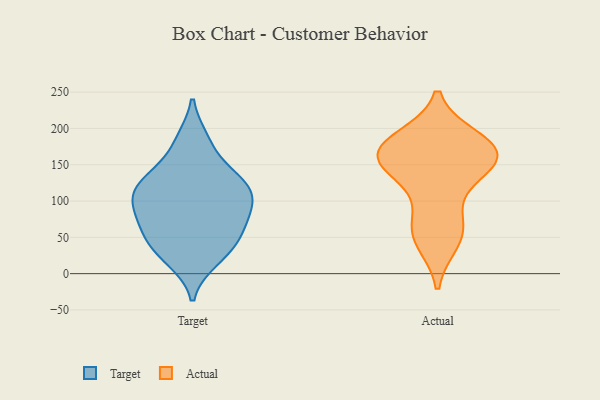
{"axis": {"x": "Operating Costs (USD K)", "y": "Value"}, "legend": ["Actual", "Target"], "data": [{"x": "", "y": 19, "type": "Target"}, {"x": "", "y": 74, "type": "Target"}, {"x": "", "y": 51, "type": "Target"}, {"x": "", "y": 184, "type": "Target"}, {"x": "", "y": 86, "type": "Target"}, {"x": "", "y": 23, "type": "Target"}, {"x": "", "y": 119, "type": "Target"}, {"x": "", "y": 114, "type": "Target"}, {"x": "", "y": 182, "type": "Target"}, {"x": "", "y": 136, "type": "Target"}, {"x": "", "y": 69, "type": "Target"}, {"x": "", "y": 97, "type": "Target"}, {"x": "", "y": 31, "type": "Target"}, {"x": "", "y": 94, "type": "Target"}, {"x": "", "y": 57, "type": "Target"}, {"x": "", "y": 112, "type": "Target"}, {"x": "", "y": 47, "type": "Target"}, {"x": "", "y": 133, "type": "Target"}, {"x": "", "y": 108, "type": "Target"}, {"x": "", "y": 138, "type": "Target"}, {"x": "", "y": 68, "type": "Actual"}, {"x": "", "y": 184, "type": "Actual"}, {"x": "", "y": 166, "type": "Actual"}, {"x": "", "y": 153, "type": "Actual"}, {"x": "", "y": 174, "type": "Actual"}, {"x": "", "y": 158, "type": "Actual"}, {"x": "", "y": 159, "type": "Actual"}, {"x": "", "y": 46, "type": "Actual"}, {"x": "", "y": 59, "type": "Actual"}, {"x": "", "y": 172, "type": "Actual"}, {"x": "", "y": 126, "type": "Actual"}]}